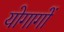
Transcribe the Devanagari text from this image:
योगागों